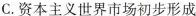
C.资本主义世界市场初步形成